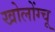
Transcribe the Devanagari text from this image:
खोलोंग्चू